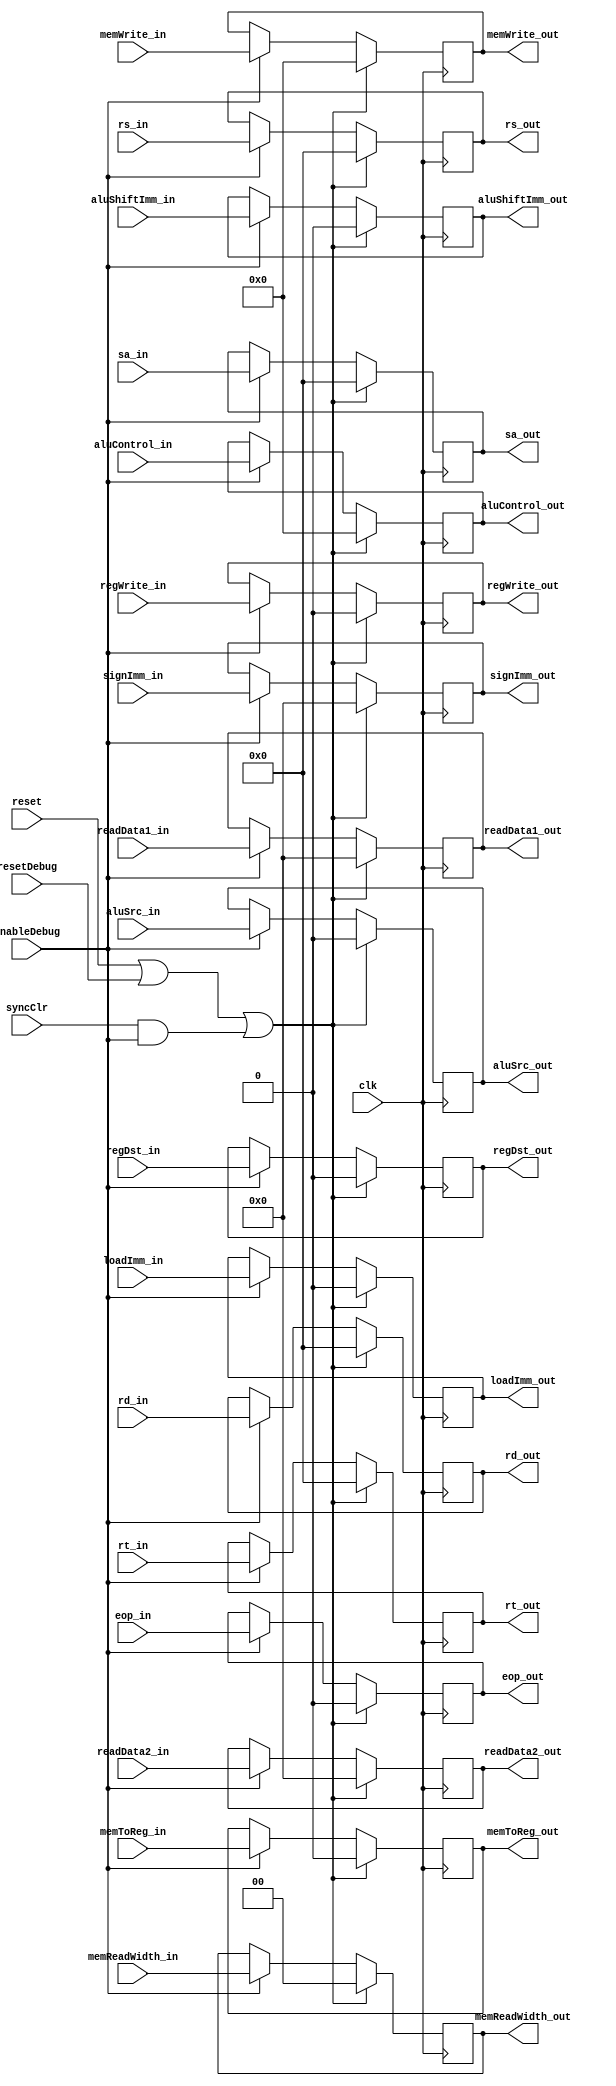
`timescale 1ns / 1ps
//////////////////////////////////////////////////////////////////////////////////
// Company: 
// Engineer: 
// 
// Design Name: 
// Module Name:    Latch_ID-EX 
// Project Name: 
// Target Devices: 
// Tool versions: 
// Description: 
//
// Dependencies: 
//
// Revision: 
// Revision 0.01 - File Created
// Additional Comments: 
//
//////////////////////////////////////////////////////////////////////////////////
module ID_EX(clk, reset, syncClr, aluSrc_in, aluShiftImm_in, regDst_in, loadImm_in, memToReg_in, regWrite_in, eop_in, 
				memReadWidth_in, memWrite_in, aluControl_in, rs_in, rt_in, rd_in, sa_in, signImm_in, readData1_in, readData2_in, 
				enableDebug, resetDebug, aluSrc_out, aluShiftImm_out, memToReg_out, regDst_out, loadImm_out, regWrite_out, 
				eop_out, memReadWidth_out, memWrite_out, aluControl_out, rs_out, rt_out, rd_out, sa_out, signImm_out, 
				readData1_out, readData2_out);
//-------------------------------------------Entradas-----------------------------------------//
	input clk;
	input reset;
	input syncClr;
	input aluSrc_in;
	input aluShiftImm_in;
	input regDst_in;
	input loadImm_in;
	input memToReg_in;
	input regWrite_in;
	input eop_in;
	input [1:0] memReadWidth_in;
	input [3:0] memWrite_in;
	input [3:0] aluControl_in;
	input [4:0] rs_in;
	input [4:0] rt_in;
	input [4:0] rd_in;
	input [4:0] sa_in;
	input [31:0] signImm_in;
	input [31:0] readData1_in;
	input [31:0] readData2_in;
	//Debug
	input enableDebug;
	input resetDebug;
//--------------------------------------------Salidas-----------------------------------------//
	output reg aluSrc_out;
	output reg aluShiftImm_out;
	output reg memToReg_out;
	output reg regDst_out;
	output reg loadImm_out;
	output reg regWrite_out;
	output reg eop_out;
	output reg [1:0] memReadWidth_out;
	output reg [3:0] memWrite_out;
	output reg [3:0] aluControl_out;
	output reg [4:0] rs_out;
	output reg [4:0] rt_out;
	output reg [4:0] rd_out;
	output reg [4:0] sa_out;
	output reg [31:0] signImm_out;
	output reg [31:0] readData1_out;
	output reg [31:0] readData2_out;
//---------------------------------------------Wires------------------------------------------//
//-------------------------------------------Registros----------------------------------------//
//-----------------------------------------Inicializacion-------------------------------------//
	initial
		begin
			aluControl_out = 0;
			signImm_out = 0;
			readData1_out = 0;
			readData2_out = 0;
			aluSrc_out = 0;
			aluShiftImm_out = 0;
			memWrite_out = 0;
			memToReg_out = 0;
			memReadWidth_out = 0;
			regWrite_out = 0;
			rs_out = 0;
			rt_out = 0;
		   rd_out = 0;
			sa_out = 0;
			regDst_out = 0;
			loadImm_out = 0;
			eop_out = 0;
		end
//--------------------------------------Declaracion de Bloques--------------------------------//
//--------------------------------------------Logica------------------------------------------//
	always @(negedge clk)
		begin
			if (reset || resetDebug || (syncClr && enableDebug))
				begin
					aluControl_out <= 0;
					signImm_out <= 0;
					readData1_out <= 0;
					readData2_out <= 0;
					aluSrc_out <= 0;
					aluShiftImm_out <= 0;
					memWrite_out <= 0;
					memToReg_out <= 0;
					memReadWidth_out <= 0;
					regWrite_out <= 0;
					rs_out <= 0;
					rt_out <= 0;
					rd_out <= 0;
					sa_out <= 0;
					regDst_out <= 0;
					loadImm_out <= 0;
					eop_out <= 0;
				end
			else if (enableDebug)
				begin
					aluControl_out <= aluControl_in;
					signImm_out <= signImm_in;
					readData1_out <= readData1_in;
					readData2_out <= readData2_in;
					aluSrc_out <= aluSrc_in;
					aluShiftImm_out <= aluShiftImm_in;
					memWrite_out <= memWrite_in;
					memToReg_out <=  memToReg_in;
					memReadWidth_out <= memReadWidth_in;
					regWrite_out <= regWrite_in;
					rs_out <= rs_in;
					rt_out <= rt_in;
					rd_out <= rd_in;
					sa_out <= sa_in;
					regDst_out <= regDst_in;
					loadImm_out <= loadImm_in;
					eop_out <= eop_in;
				end		
			end
endmodule